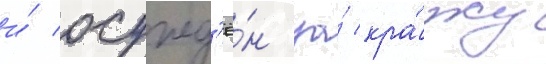
и́ осужд'ё́н за́ кра́жу